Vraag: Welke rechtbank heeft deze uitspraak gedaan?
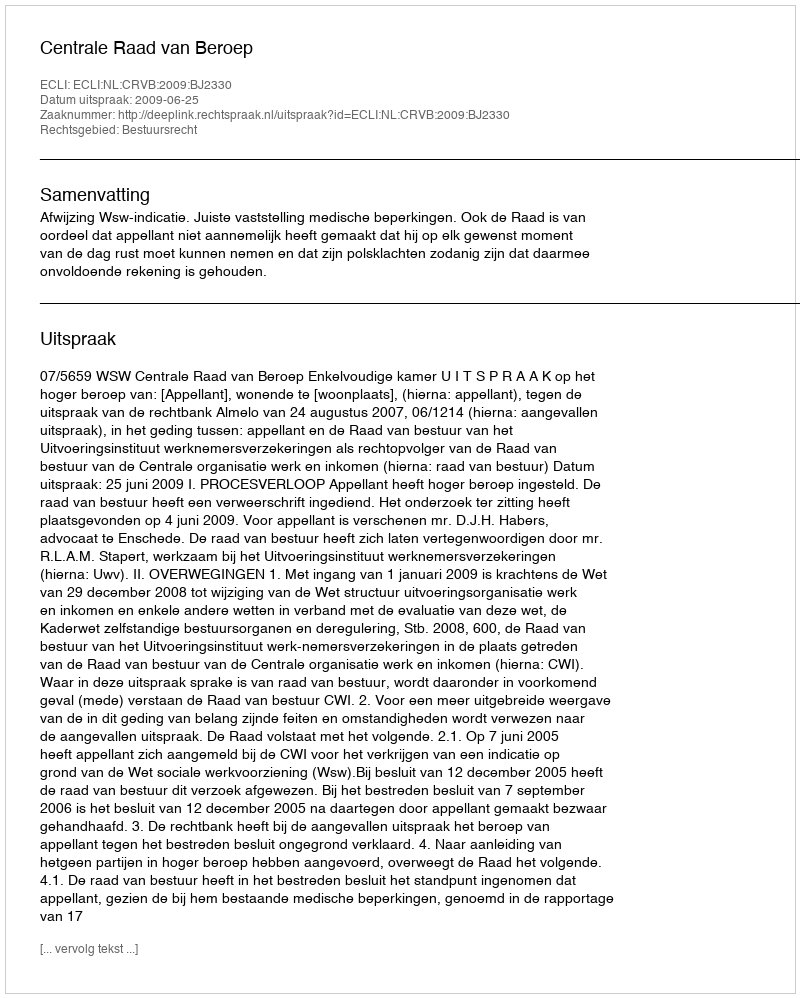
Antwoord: Centrale Raad van Beroep